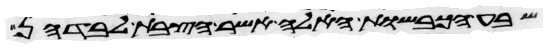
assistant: שבע הכבשות האלה אשר הצבת לבדהן